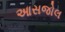
આસજોલ